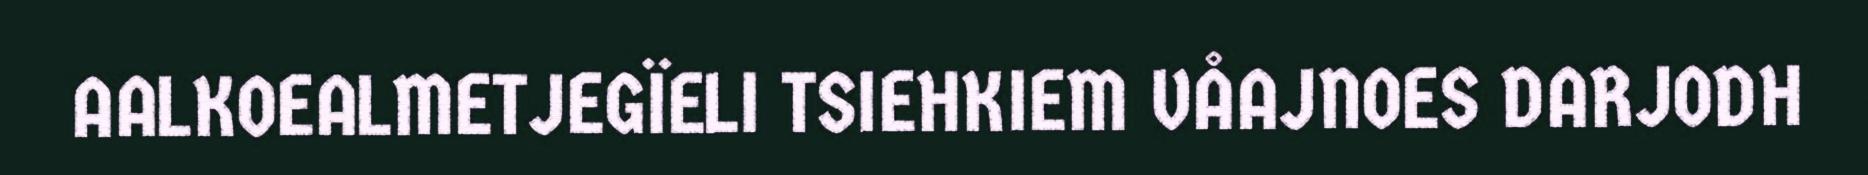
AALKOEALMETJEGÏELI TSIEHKIEM VÅAJNOES DARJODH